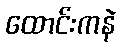
ထောင်းကနဲ